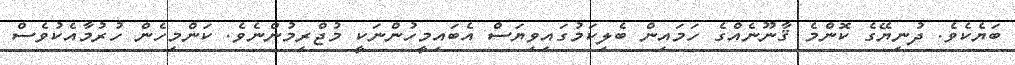
ބަޔެކެވެ. ދުނިޔޭގެ ކޮންމެ ޤާނޫނެއްގެ ހަމައިން ބެލިކަމުގައިވިޔަސް އެބައިމީހުންނަކީ މުޖްރިމުންނެވެ. ކަންމިހެން ހުރުމާއެކުވެސް